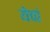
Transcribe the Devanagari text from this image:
येचां